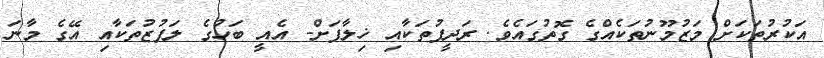
އަކުރުތަކަށް މަޒުމޫނުތަކެއްގެ ގޮތުގައެވެ. ރަދީފުތަކާއި ޚިލާފަށް- އެއީ ބަހުގެ ލަފުޒުތަކާއި އޭގެ މާނަ